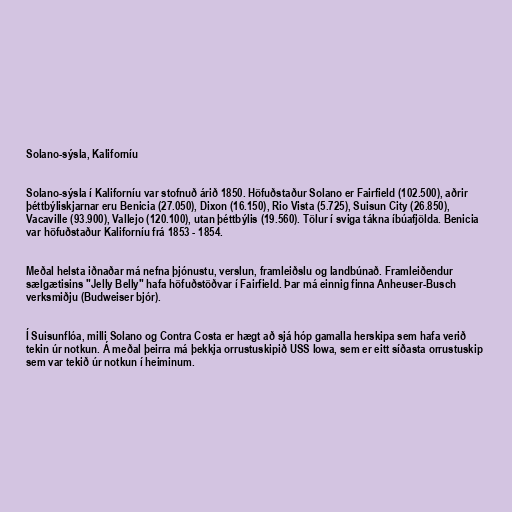
Solano-sýsla, Kaliforníu

Solano-sýsla í Kaliforníu var stofnuð árið 1850. Höfuðstaður Solano er Fairfield (102.500), aðrir
þéttbýliskjarnar eru Benicia (27.050), Dixon (16.150), Rio Vista (5.725), Suisun City (26.850),
Vacaville (93.900), Vallejo (120.100), utan þéttbýlis (19.560). Tölur í sviga tákna íbúafjölda. Benicia
var höfuðstaður Kaliforníu frá 1853 - 1854.

Meðal helsta iðnaðar má nefna þjónustu, verslun, framleiðslu og landbúnað. Framleiðendur
sælgætisins "Jelly Belly" hafa höfuðstöðvar í Fairfield. Þar má einnig finna Anheuser-Busch
verksmiðju (Budweiser bjór).

Í Suisunflóa, milli Solano og Contra Costa er hægt að sjá hóp gamalla herskipa sem hafa verið
tekin úr notkun. Á meðal þeirra má þekkja orrustuskipið USS Iowa, sem er eitt síðasta orrustuskip
sem var tekið úr notkun í heiminum.